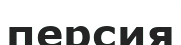
персия